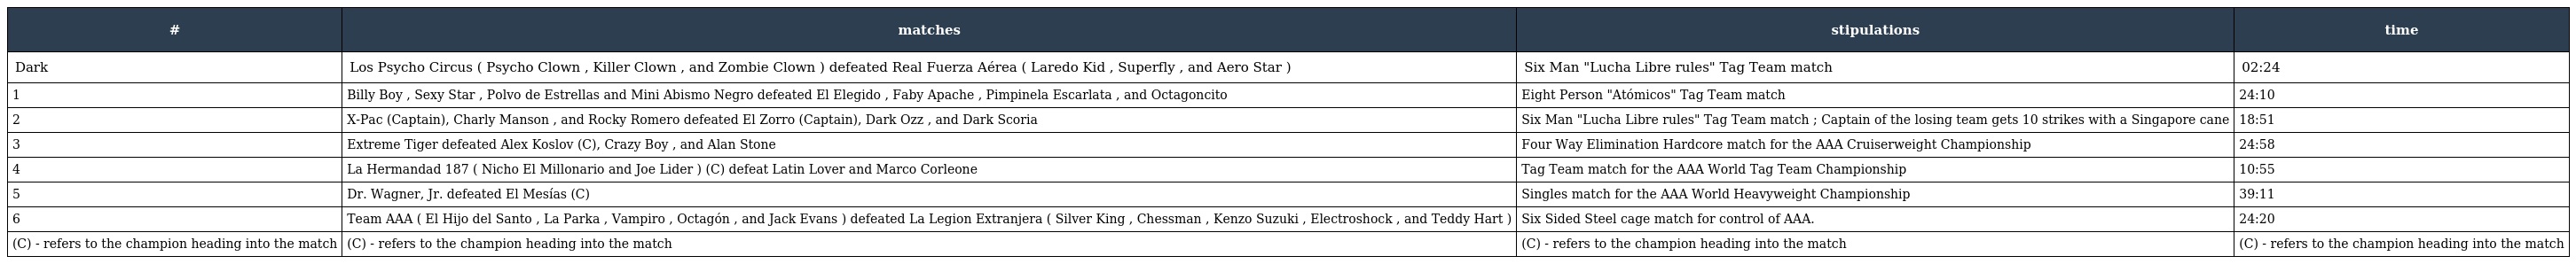
| # | matches | stipulations | time |
 | --- | --- | --- | --- |
 | Dark | Los Psycho Circus ( Psycho Clown , Killer Clown , and Zombie Clown ) defeated Real Fuerza Aérea ( Laredo Kid , Superfly , and Aero Star ) | Six Man "Lucha Libre rules" Tag Team match | 02:24 |
 | 1 | Billy Boy , Sexy Star , Polvo de Estrellas and Mini Abismo Negro defeated El Elegido , Faby Apache , Pimpinela Escarlata , and Octagoncito | Eight Person "Atómicos" Tag Team match | 24:10 |
 | 2 | X-Pac (Captain), Charly Manson , and Rocky Romero defeated El Zorro (Captain), Dark Ozz , and Dark Scoria | Six Man "Lucha Libre rules" Tag Team match ; Captain of the losing team gets 10 strikes with a Singapore cane | 18:51 |
 | 3 | Extreme Tiger defeated Alex Koslov (C), Crazy Boy , and Alan Stone | Four Way Elimination Hardcore match for the AAA Cruiserweight Championship | 24:58 |
 | 4 | La Hermandad 187 ( Nicho El Millonario and Joe Lider ) (C) defeat Latin Lover and Marco Corleone | Tag Team match for the AAA World Tag Team Championship | 10:55 |
 | 5 | Dr. Wagner, Jr. defeated El Mesías (C) | Singles match for the AAA World Heavyweight Championship | 39:11 |
 | 6 | Team AAA ( El Hijo del Santo , La Parka , Vampiro , Octagón , and Jack Evans ) defeated La Legion Extranjera ( Silver King , Chessman , Kenzo Suzuki , Electroshock , and Teddy Hart ) | Six Sided Steel cage match for control of AAA. | 24:20 |
 | (C) - refers to the champion heading into the match | (C) - refers to the champion heading into the match | (C) - refers to the champion heading into the match | (C) - refers to the champion heading into the match |